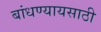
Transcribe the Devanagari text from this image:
बांधण्यायसाठी